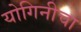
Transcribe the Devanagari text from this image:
योगिनीचा